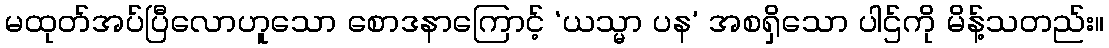
မထုတ်အပ်ပြီလောဟူသော စောဒနာကြောင့် ‘ယသ္မာ ပန’ အစရှိသော ပါဌ်ကို မိန့်သတည်း။